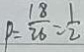
P = \frac { 1 8 } { 2 6 } = \frac { 1 } { 2 }